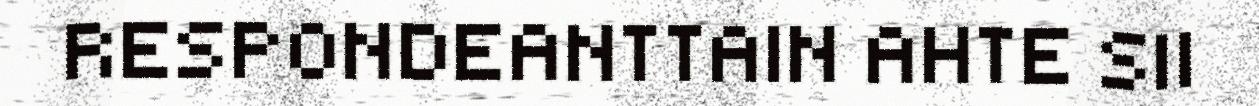
RESPONDEANTTAIN AHTE SII